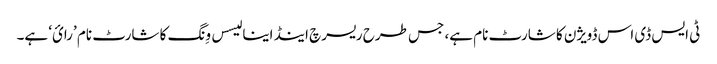
ٹی ایس ڈی اس ڈویژن کا شارٹ نام ہے، جس طرح ریسرچ اینڈ اینا لیسس وِنگ کا شارٹ نام ’رائ‘ ہے۔